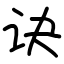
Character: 诀